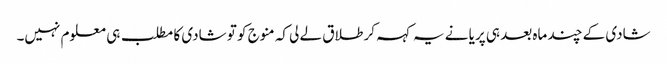
شادی کے چند ماہ بعد ہی پریا نے یہ کہہ کر طلاق لے لی کہ منوج کو تو شادی کا مطلب ہی معلوم نہیں۔